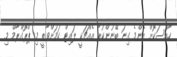
ހާއްސަކޮށް އެންމެ ގިނަ ބޭނުންކުރާ އެއްޗަކީ ލައިޓް ކަމަށްވާތީ މި ޕްރޮގްރާމް މި